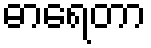
ဓာရေတာ